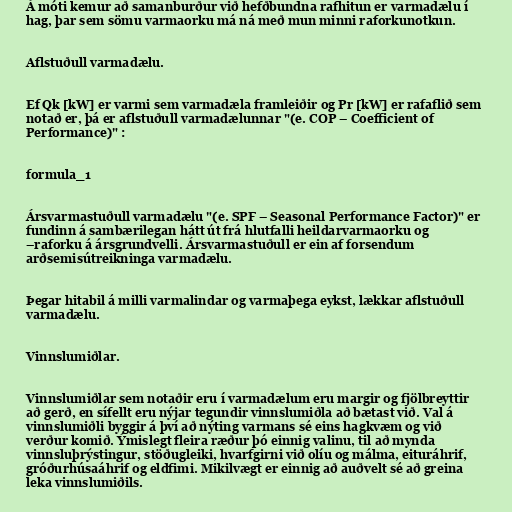
Á móti kemur að samanburður við hefðbundna rafhitun er varmadælu í
hag, þar sem sömu varmaorku má ná með mun minni raforkunotkun.

Aflstuðull varmadælu.

Ef Qk [kW] er varmi sem varmadæla framleiðir og Pr [kW] er rafaflið sem
notað er, þá er aflstuðull varmadælunnar "(e. COP – Coefficient of
Performance)" :

formula_1

Ársvarmastuðull varmadælu "(e. SPF – Seasonal Performance Factor)" er
fundinn á sambærilegan hátt út frá hlutfalli heildarvarmaorku og
–raforku á ársgrundvelli. Ársvarmastuðull er ein af forsendum
arðsemisútreikninga varmadælu.

Þegar hitabil á milli varmalindar og varmaþega eykst, lækkar aflstuðull
varmadælu.

Vinnslumiðlar.

Vinnslumiðlar sem notaðir eru í varmadælum eru margir og fjölbreyttir
að gerð, en sífellt eru nýjar tegundir vinnslumiðla að bætast við. Val á
vinnslumiðli byggir á því að nýting varmans sé eins hagkvæm og við
verður komið. Ýmislegt fleira ræður þó einnig valinu, til að mynda
vinnsluþrýstingur, stöðugleiki, hvarfgirni við olíu og málma, eituráhrif,
gróðurhúsaáhrif og eldfimi. Mikilvægt er einnig að auðvelt sé að greina
leka vinnslumiðils.